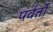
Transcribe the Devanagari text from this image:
पर्वर्तों